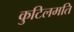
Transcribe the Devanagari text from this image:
कुटिलमति